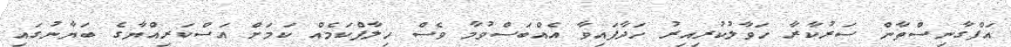
އަފްގާނިސްތާން ސަރުކާރާ ހަވާލުކުރިއިރު ހަދާފައިވާ އެއްބަސްވުމާ ވެސް ހިލާފްކަމެއް ކަމަށް އަސްކަރިއްޔާގެ ބަޔާނުގައި